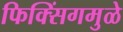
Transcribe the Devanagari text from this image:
फिक्सिंगमुळे